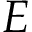
E